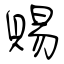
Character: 賜